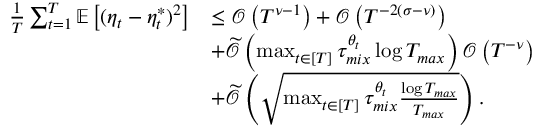
\begin{array} { r l } { \frac { 1 } { T } \sum _ { t = 1 } ^ { T } \mathbb { E } \left[ ( \eta _ { t } - \eta _ { t } ^ { * } ) ^ { 2 } \right] } & { \leq \mathcal { O } \left( T ^ { \nu - 1 } \right) + \mathcal { O } \left( T ^ { - 2 ( \sigma - \nu ) } \right) } \\ & { + \widetilde { \mathcal { O } } \left( \operatorname* { m a x } _ { t \in [ T ] } \tau _ { m i x } ^ { \theta _ { t } } \log T _ { m a x } \right) \mathcal { O } \left( T ^ { - \nu } \right) } \\ & { + \widetilde { \mathcal { O } } \left( \sqrt { \operatorname* { m a x } _ { t \in [ T ] } \tau _ { m i x } ^ { \theta _ { t } } \frac { \log T _ { m a x } } { T _ { m a x } } } \right) . } \end{array}